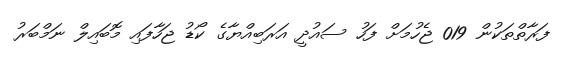
ފަރާތްތަކުން 019 ޖެހުމަށް ފަހު ސައުދީ އަރަބިއްޔާގެ ކޯޑު ޖަހާފައި މޮބައިލް ނަމްބަރު